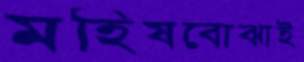
মহিষবোঝাই